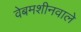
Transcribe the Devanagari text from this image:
वेबमशीनवाले